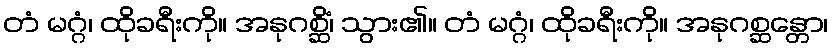
တံ မဂ္ဂံ၊ ထိုခရီးကို။ အနုဂစ္ဆိံ၊ သွား၏။ တံ မဂ္ဂံ၊ ထိုခရီးကို။ အနုဂစ္ဆန္တော၊